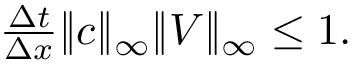
\begin{array} { r } { \frac { \Delta t } { \Delta x } \| c \| _ { \infty } \| V \| _ { \infty } \leq 1 . } \end{array}